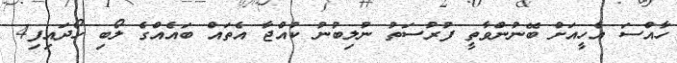
ހާއްސަ އެހީއަށް ބޭނުންވާތީ ފުރުސަތު ނުލިބުނު ކުއްޖާ އެތައް ބައެއްގެ ލޯބި ހޯދައިފި4